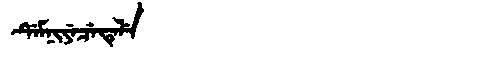
Manchu: ᡩᡝᠮᠨᡳᠶᡝᠴᡝᡨᡝᠯᡝ
Romanization: DEMNIYECETELE